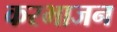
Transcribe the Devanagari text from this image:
करभाजन